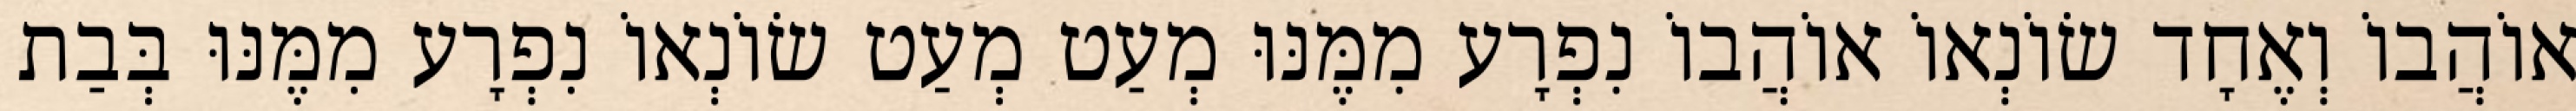
אוֹהֲבוֹ וְאֶחָד שׂוֹנְאוֹ אוֹהֲבוֹ נִפְרָע מִמֶּנּוּ מְעַט מְעַט שׂוֹנְאוֹ נִפְרָע מִמֶּנּוּ בְּבַת